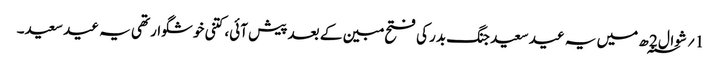
1؍ شوال 2 ؁ھ میں یہ عید سعید جنگ بدر کی فتح مبین کے بعد پیش آئی، کتنی خوشگوار تھی یہ عید سعید۔